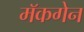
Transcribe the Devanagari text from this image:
मॅकगेन